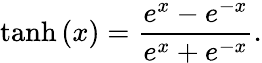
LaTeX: \operatorname{tanh}{(x)}=\frac{e^{x}-e^{-x}}{e^{x}+e^{-x}}.